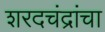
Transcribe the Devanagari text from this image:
शरदचंद्रांचा